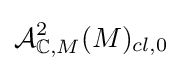
{\mathcal {A}}_{\mathbb {C} ,M}^{2}(M)_{cl,0}